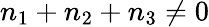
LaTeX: n_{1}+n_{2}+n_{3}\neq 0